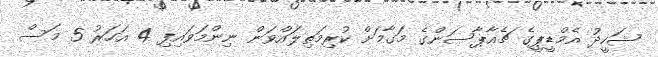
ޝަހީދު އެމްޑީޕީގެ ޗެއާޕާސަންގެ މަގާމަށް ކުރިމަތިލައްވަން ނިންމަވައިފި 4 އަހަރު 5 މަސް